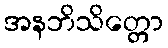
အနဘိသိတ္တော